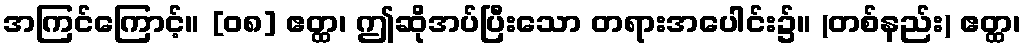
အကြင်ကြောင့်။ [၀၈] ဧတ္ထ၊ ဤဆိုအပ်ပြီးသော တရားအပေါင်း၌။ (တစ်နည်း) ဧတ္ထ၊